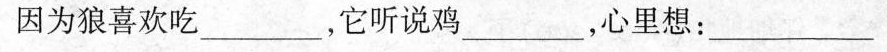
因为狼喜欢吃___，它听说鸡___，心里想：___